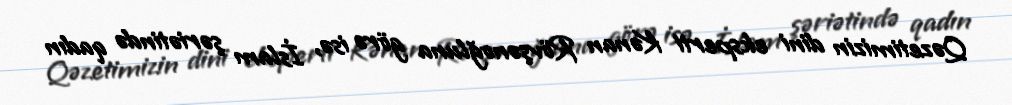
Qəzetimizin dini eksperti Kənan Rövşənoğluna görə isə, İslam şəriətində qadın